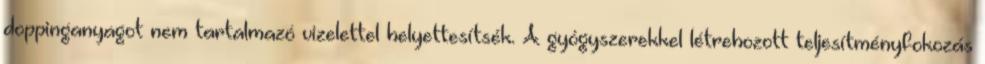
doppinganyagot nem tartalmazó vizelettel helyettesítsék. A gyógyszerekkel létrehozott teljesítményfokozás